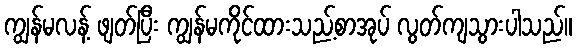
ကျွန်မလန့် ဖျတ်ပြီး ကျွန်မကိုင်ထားသည့်စာအုပ် လွတ်ကျသွားပါသည်။